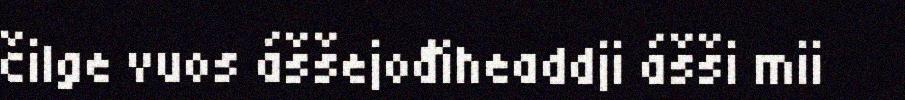
čilge vuos áššejođiheaddji ášši mii